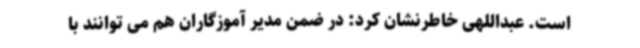
است. عبداللهی خاطرنشان کرد: در ضمن مدیر آموزگاران هم می توانند با